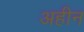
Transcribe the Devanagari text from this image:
अहीन